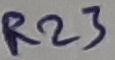
Text: R23